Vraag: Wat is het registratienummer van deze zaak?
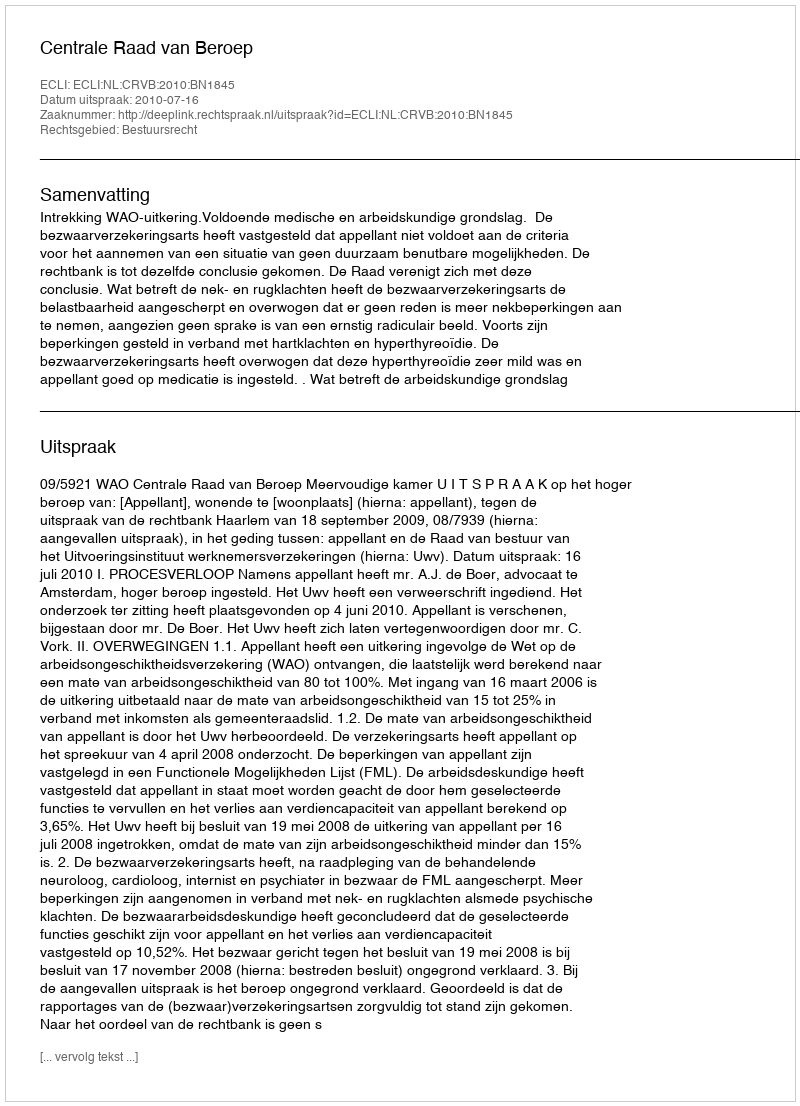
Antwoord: http://deeplink.rechtspraak.nl/uitspraak?id=ECLI:NL:CRVB:2010:BN1845